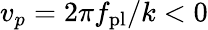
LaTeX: v_{p}=2\pi f_{\mathrm{pl}}/k<0